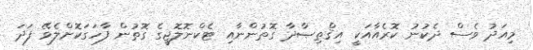
މިއަދު ވެސް ދެކުނު ކޮރެއާއަކީ އިޤްތިޞާދާ ގޮތުންނާއި ޓެކްނޮލޮޖީގެ ގޮތުން ފާހަގަކޮށްލެވޭ ފަދަ